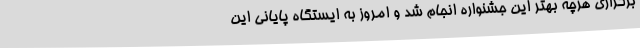
برگزاری هرچه بهتر این جشنواره انجام شد و امروز به ایستگاه پایانی این